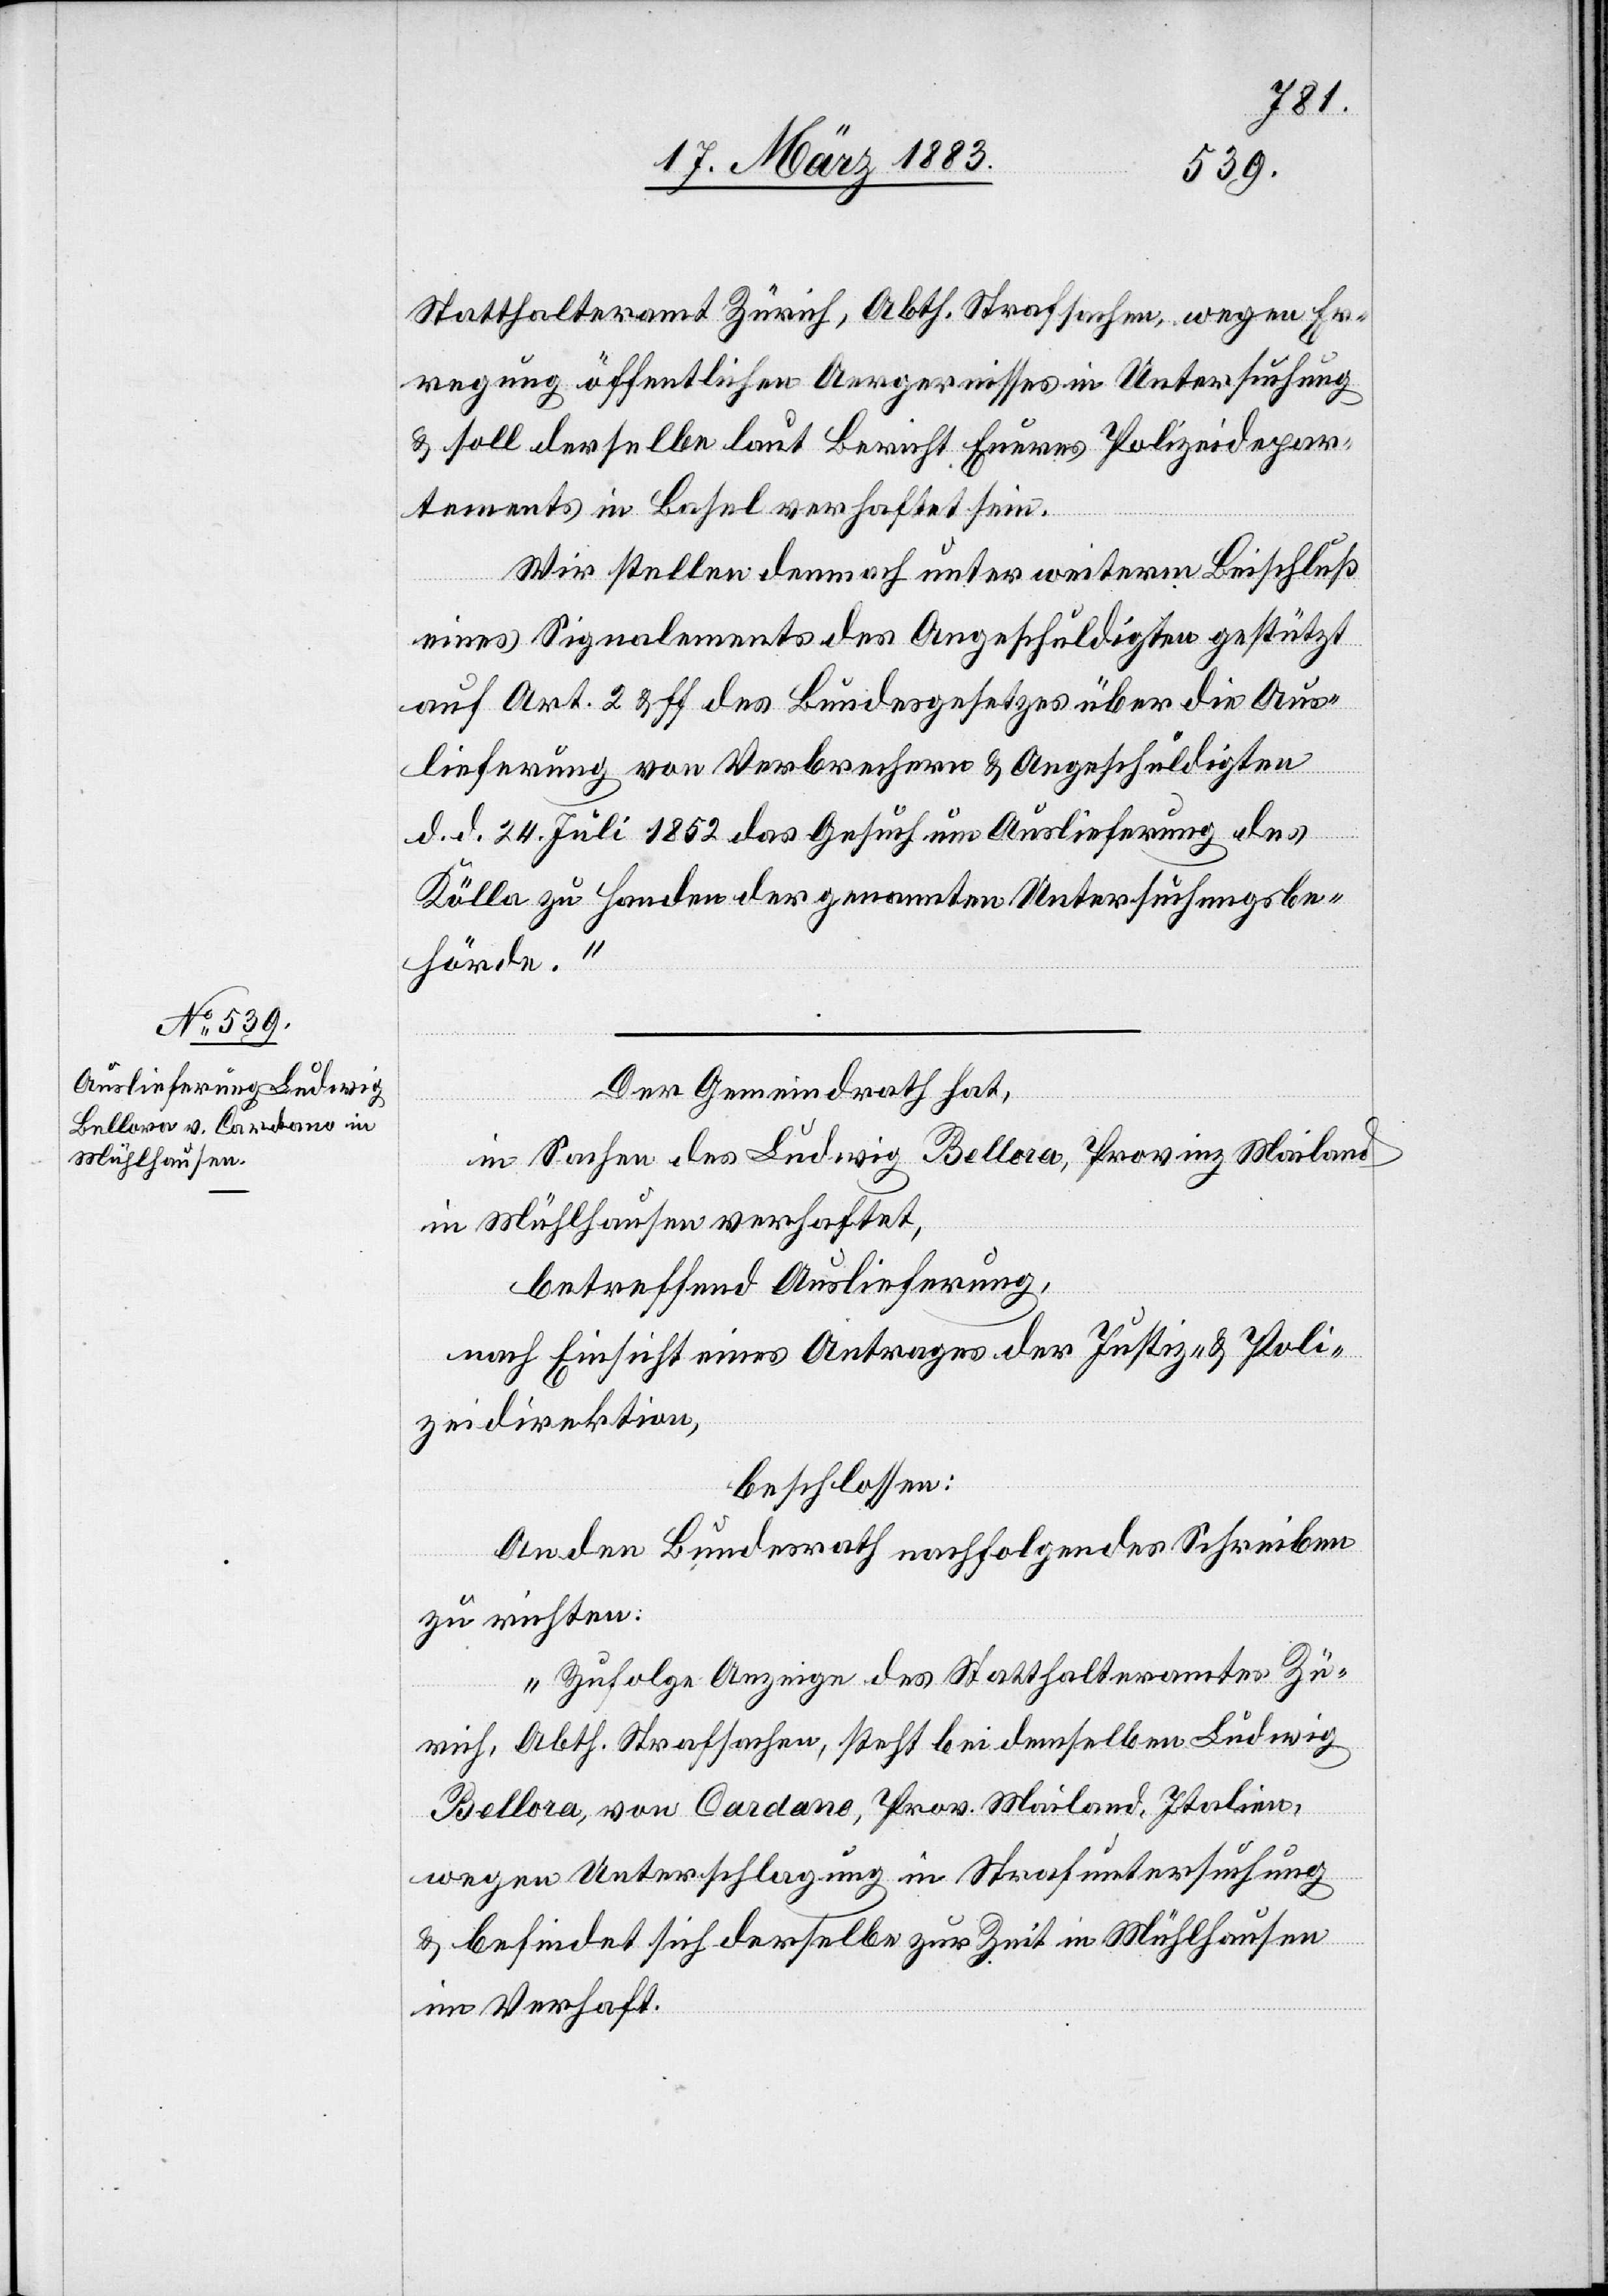
Statthalteramt Zürich, Abth. Strafsachen, wegen Er¬
regung öffentlichen Aergernisses in Untersuchung
& soll derselbe laut Bericht Eueres Polizeidepar¬
tements in Basel verhaftet sein.
Wir stellen demnach unter weiterm Beischluß
eines Signalements des Angeschuldigten gestützt
auf Art. 2 & ff. des Bundesgesetzes über die Aus¬
lieferung von Verbrechern & Angeschuldigten
d. d. 24. Juli 1852 das Gesuch um Auslieferung des
Kölla zu Handen der genannten Untersuchungsbe¬
hörde.“
Der Gemeindrath
in Sachen des Ludwig Bellora, Provinz Mailand,
in Mühlhausen verhaftet
betreffend Auslieferung,
nach Einsicht eines Antrages der Justiz- & Poli¬
zeidirektion,
beschlossen:
An den Bundesrath nachfolgendes Schreiben
zu richten:
„Zufolge Anzeige des Statthalteramtes Zü¬
rich, Abth. Strafsachen, steht bei demselben Ludwig
Bellora, von Cardano, Prov. Mailand, Italien,
wegen Unterschlagung in Strafuntersuchung
& befindet sich derselbe zur Zeit in Mühlhausen
im Verhaft.